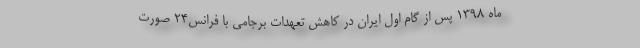
ماه ۱۳۹۸ پس از گام اول ایران در کاهش تعهدات برجامی با فرانس۲۴ صورت